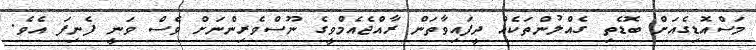
މަސްއޮޑިގެއަށް ބޮޑެތި ގެއްލުންތަކެއް ދީފައިވާތަން ރާއްޖެއެމްވީގެ ނޫސްވެރިންނަށް ވެސް ވަނީ ފެނިފަ އެވެ.